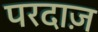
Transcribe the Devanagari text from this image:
परदाज़